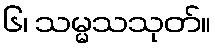
၆၊ သမ္မသသုတ်။